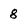
Character: 8